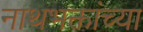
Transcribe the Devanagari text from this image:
नाथभक्तांच्या